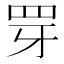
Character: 䍓